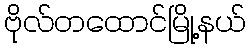
ဗိုလ်တထောင်မြို့နယ်